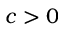
c > 0